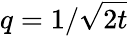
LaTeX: q=1/\sqrt{2t}